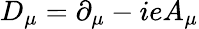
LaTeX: D_{\mu}=\partial_{\mu}-ieA_{\mu}